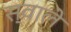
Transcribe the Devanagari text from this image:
स्वाले